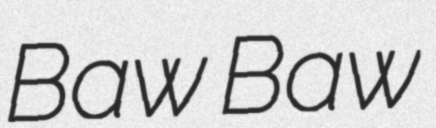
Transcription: Baw Baw